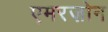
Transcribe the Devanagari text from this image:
एमरज़ोन